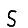
Digit: 5